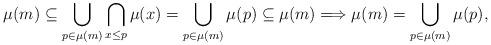
LaTeX: \begin{align*} \mu(m) \subseteq \bigcup_{p \in \mu(m)}\bigcap_{x \leq p}\mu(x) = \bigcup_{p \in \mu(m)}\mu(p) \subseteq \mu(m) \Longrightarrow \mu(m) = \bigcup_{p \in \mu(m)}\mu(p), \end{align*}